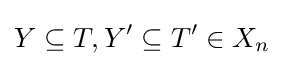
Y\subseteq T,Y'\subseteq T'\in X_{n}